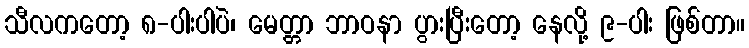
သီလကတော့ ၈-ပါးပါပဲ၊ မေတ္တာ ဘာဝနာ ပွားပြီးတော့ နေလို့ ၉-ပါး ဖြစ်တာ။